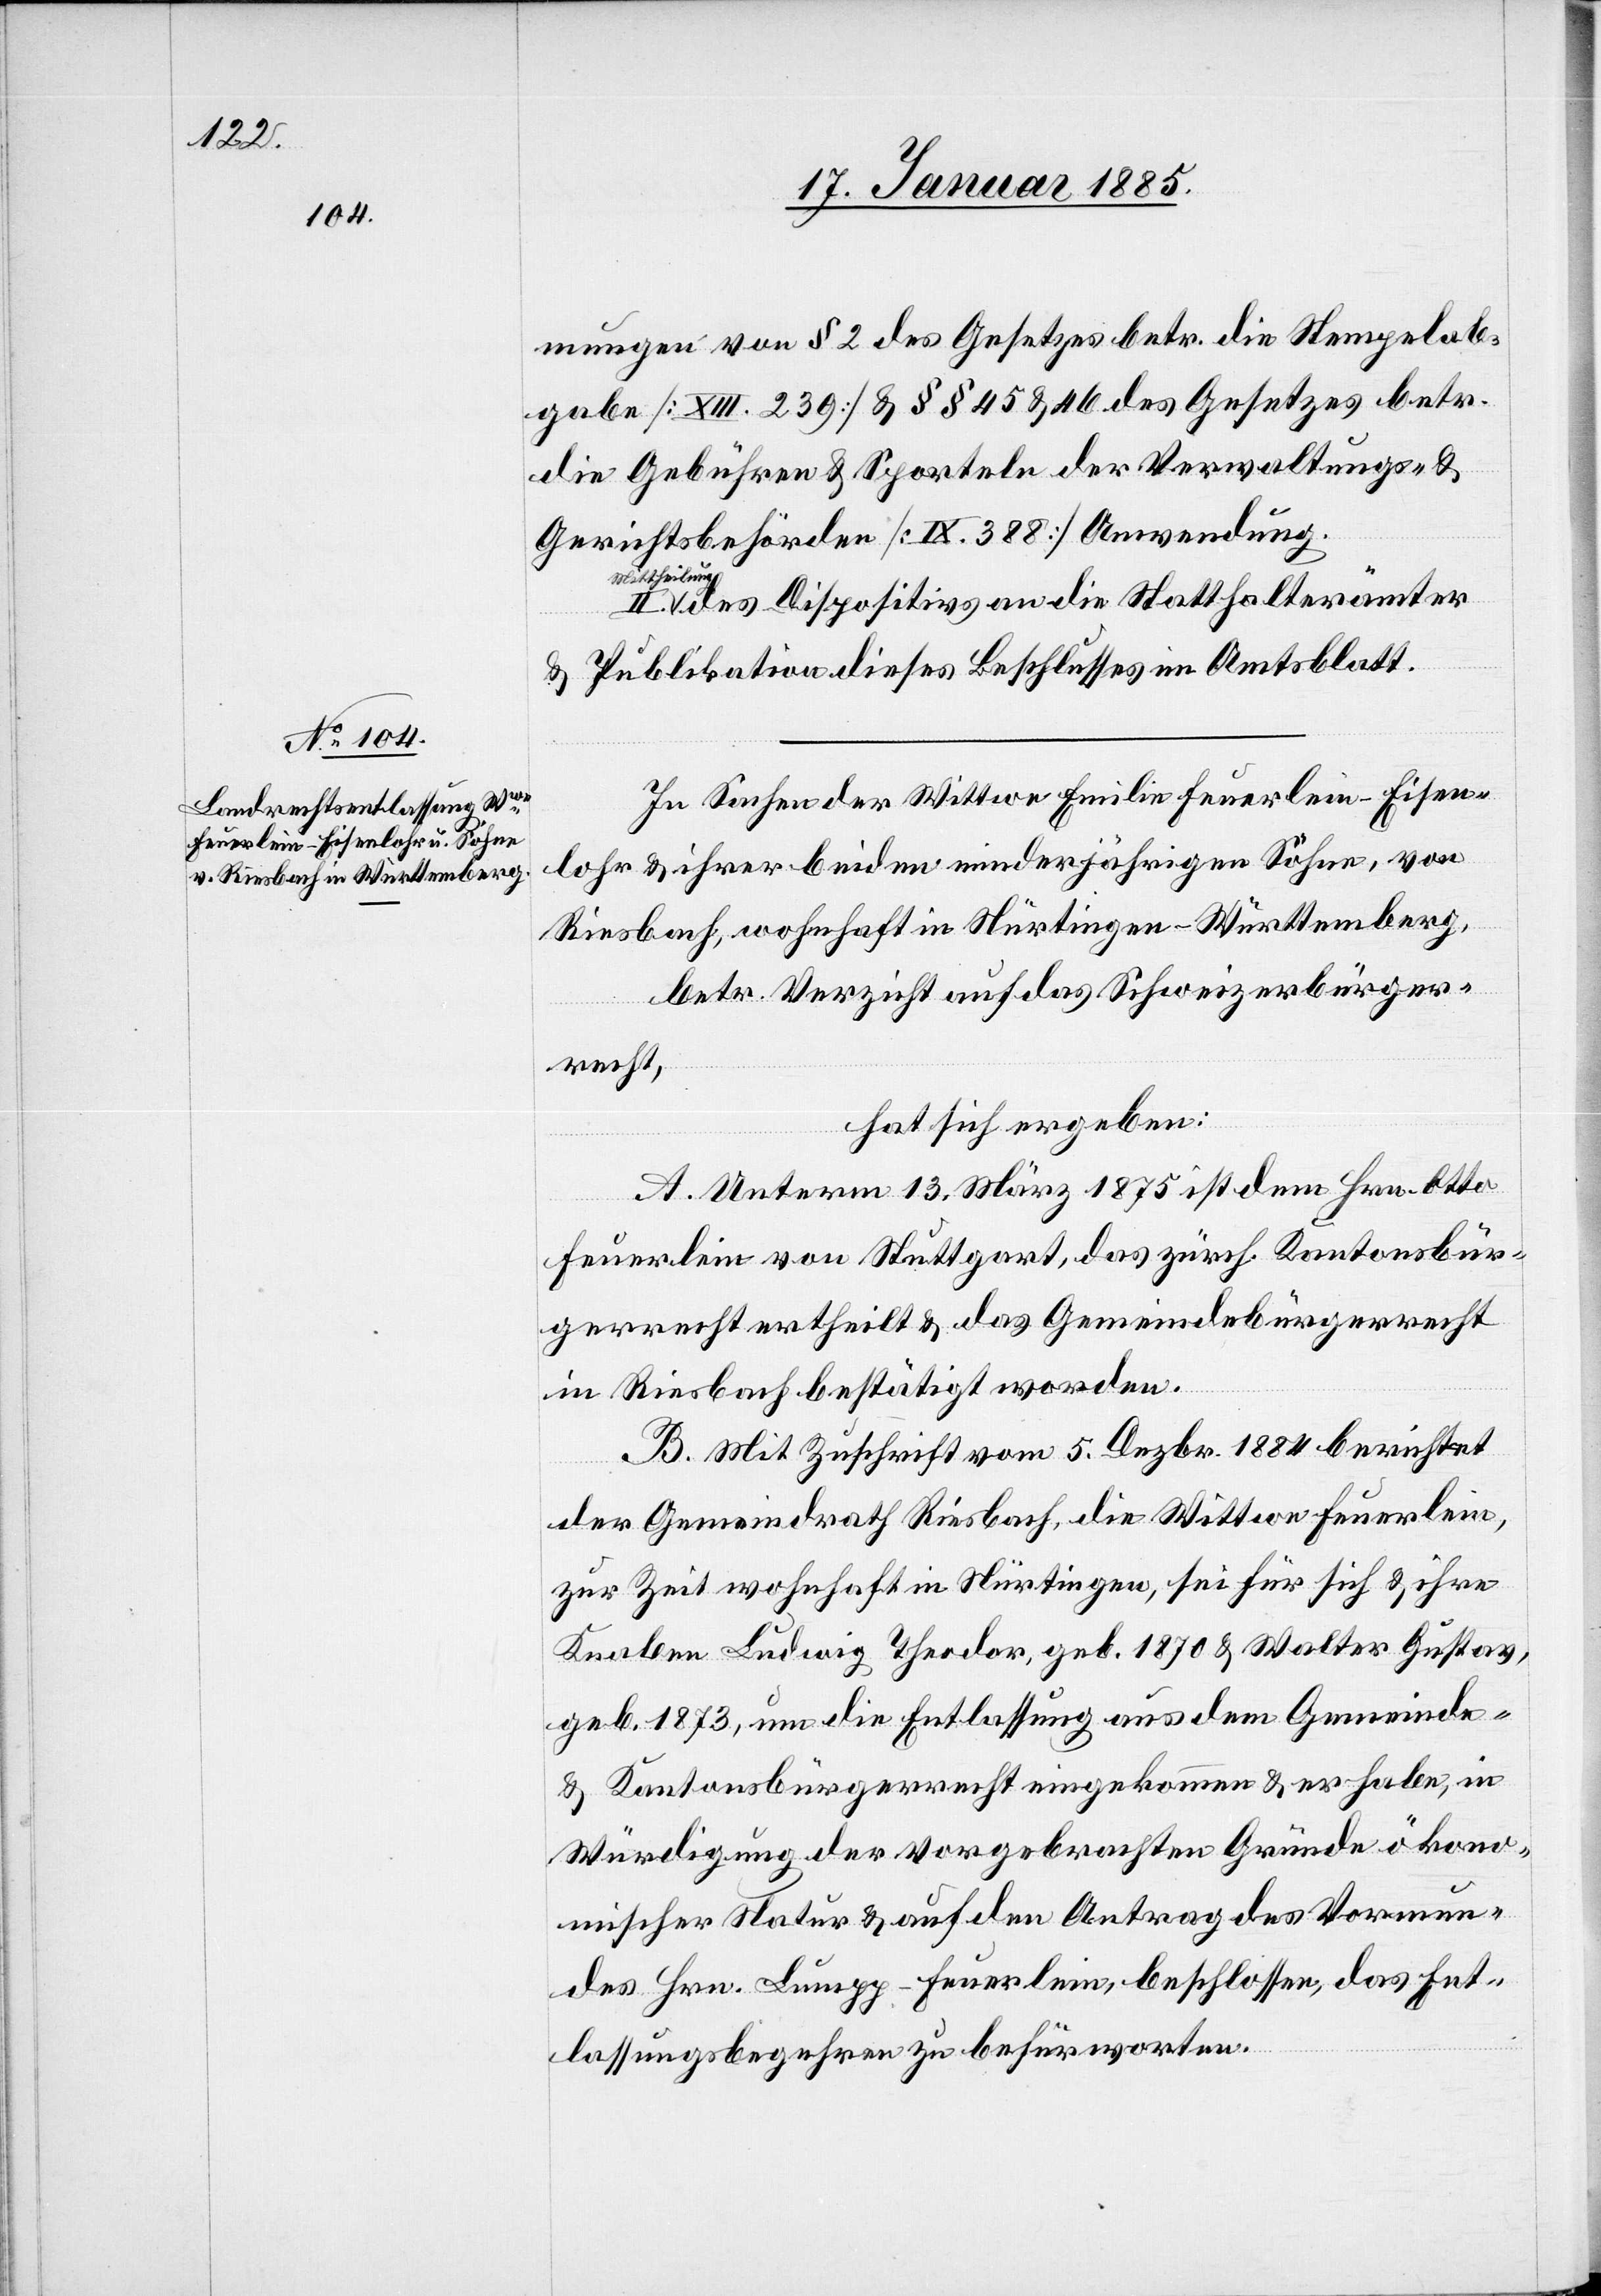
mungen von § 2 des Gesetzes betr. die Stempelab¬
gabe [XIII. 239] & §§ 45 & 46 des Gesetzes betr.
die Gebühren & Sporteln der Verwaltungen- &
Gerichtsbehörden [IX. 388] Anwendung.
Mittheilung
des Dispositives an die Statthalterämter
& Publikation dieses Beschlusses im Amtsblatte.
In Sachen der Wittwe Emilie Feuerlein-Eisen¬
lohr & ihrer beiden minderjährigen Söhne, von
Riesbach, wohnhaft in Nürtingen - Württemberg,
betr. Verzicht auf das Schweizerbürger¬
recht,
hat sich ergeben:
A. Unterm 13. März 1875 ist dem Hrn. Otto
Feuerlein von Stuttgart, das zürch. Kantonsbür¬
gerrecht ertheilt & das Gemeindebürgerrecht
in Riesbach bestätigt worden.
B. Mit Zuschrift vom 5. Dezbr. 1884 berichtet
der Gemeindrath Riesbach, die Wittwe Feuerlein,
zur Zeit wohnhaft in Nürtingen, sei für sich & ihre
Knaben Ludwig Theodor, geb. 1870 & Walter Gustav,
geb. 1873, um die Entlassung aus dem Gemeinde-
& Kantonsbürgerrecht eingekommen & er habe, in
Würdigung der vorgebrachten Gründe ökono¬
mischer Natur & auf den Antrag des Vormun¬
des Hrn. Lumpp-Feuerlein, beschlossen, das Ent¬
lassungsbegehren zu befürworten.